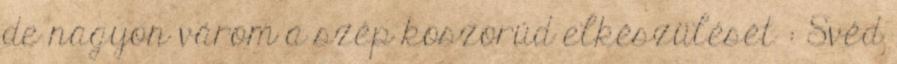
de nagyon várom a szép koszorúd elkészülését : Svéd